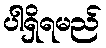
ပါရှိရမည်